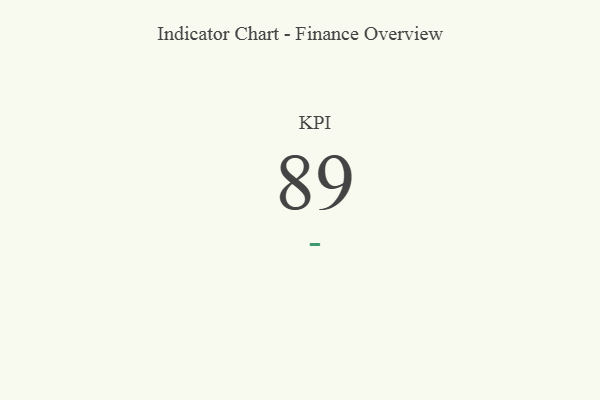
{"axis": {"x": "KPI", "y": "Value"}, "legend": [""], "data": [{"x": "KPI", "y": 89, "type": ""}]}